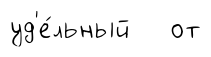
уд'е́льный от